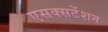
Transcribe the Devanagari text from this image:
एसक्सटेंशन